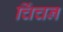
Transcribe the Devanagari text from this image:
चिंचन